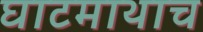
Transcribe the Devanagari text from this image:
घाटमाथाच